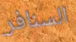
السنافر